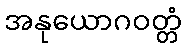
အနုယောဂဝတ္တံ